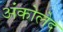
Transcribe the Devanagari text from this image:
अंकोलेद